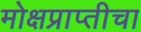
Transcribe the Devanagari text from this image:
मोक्षप्राप्तीचा